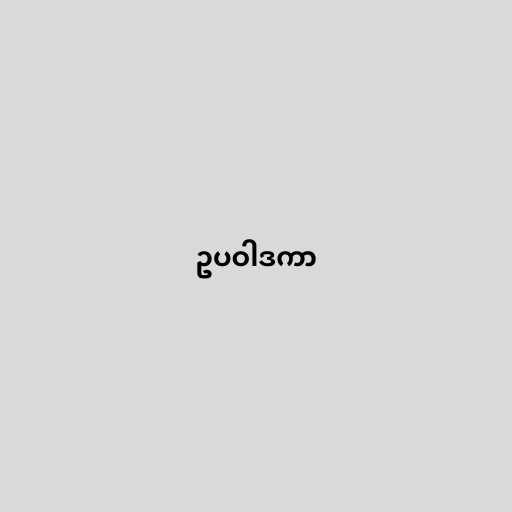
ဥပဝါဒကာ